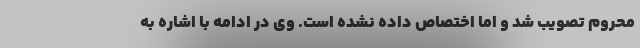
محروم تصویب شد و اما اختصاص داده نشده است. وی در ادامه با اشاره به